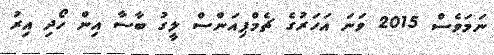
ނަމަވެސް 2015 ވަނަ އަހަރުގެ ޗެމްޕިއަންސް ލީގު ބާސާ އިން ހޯދި އިރު